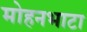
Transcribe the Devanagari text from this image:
मोहनभाटा